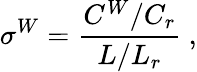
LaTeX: \sigma^{W}=\frac{C^{W}/C_{r}}{L/L_{r}}\ ,